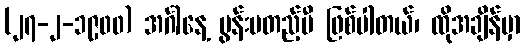
(၂၇-၂-၁၉၀၀) အင်္ဂါနေ့ မွန်းမတည့်မီ ဖြစ်ပါတယ်၊ ထိုအချိန်မှာ